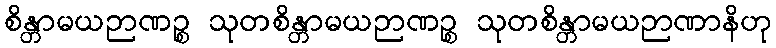
စိန္တာမယဉာဏဉ္စ သုတစိန္တာမယဉာဏဉ္စ သုတစိန္တာမယဉာဏာနိဟု